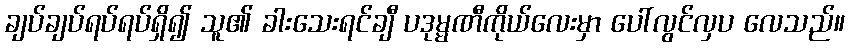
ချပ်ချပ်ရပ်ရပ်ရှိ၍ သူ၏ ခါးသေးရင်ချီ ပဒုမ္မဏီကိုယ်လေးမှာ ပေါ်လွင်လှပ လေသည်။